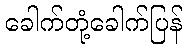
ခေါက်တုံ့ခေါက်ပြန်